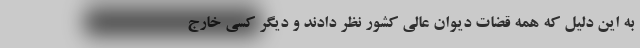
به این دلیل که همه قضات دیوان عالی کشور نظر دادند و دیگر کسی خارج